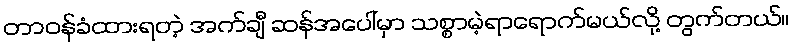
တာဝန်ခံထားရတဲ့ အက်ချီ ဆန်အပေါ်မှာ သစ္စာမဲ့ရာရောက်မယ်လို့ တွက်တယ်။